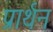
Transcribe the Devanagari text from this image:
प्रार्थन